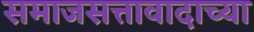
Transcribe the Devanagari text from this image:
समाजसत्तावादाच्या